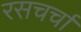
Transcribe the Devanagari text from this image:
रसचर्चा